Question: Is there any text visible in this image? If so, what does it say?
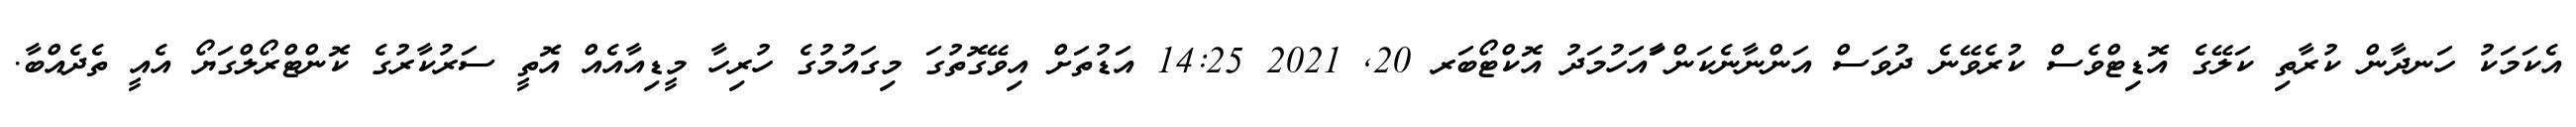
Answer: އެކަމަކު ހަނދާން ކުރާތި ކަލޭގެ އޮޑިޓްވެސް ކުރެވޭނެ ދުވަސް އަންނާނެކަން ާައަހުމަދު އޮކްޓޯބަރ 20, 2021 14:25 އަޑުތަށް އިވޭގޮތުގަ މިގައުމުގެ ހުރިހާ މީޑިއާއެއް އޮތީ ސަރުކާރުގެ ކޮންޓްރޯލްގަޔޯ އެއީ ތެދެއްބާ.